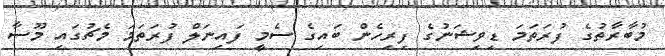
މުބާރާތުގެ ފުރަތަމަ ޑިވިޝަނުގެ ފިރިހެން ބައިގެ ސެމީ ފައިނަލް ފުރަތަމަ މެޗުގައި މޫސާ